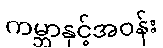
ကမ္ဘာနှင့်အဝန်း